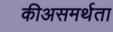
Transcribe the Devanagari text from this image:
कीअसमर्थता